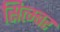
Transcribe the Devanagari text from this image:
सित्म्बर